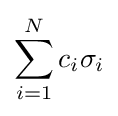
\sum _{i=1}^{N}c_{i}\sigma _{i}